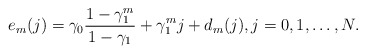
\begin{align*}e_m(j)=\gamma_0 \frac{1-\gamma_1^m}{1-\gamma_1}+ \gamma_1^mj+d_m(j), j=0,1,\ldots, N.\end{align*}